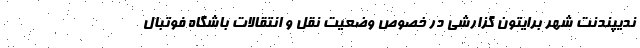
ندیپندنت شهر برایتون گزارشی در خصوص وضعیت نقل و انتقالات باشگاه فوتبال